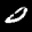
Label: 0